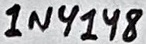
Text: 1N4148